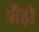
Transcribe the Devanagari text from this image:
प्रौढ़ो